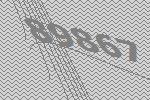
89867